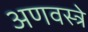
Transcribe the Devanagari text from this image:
अणवस्त्रे